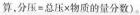
算，分压=总压×物质的量分数)。